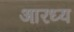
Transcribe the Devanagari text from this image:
आरध्य